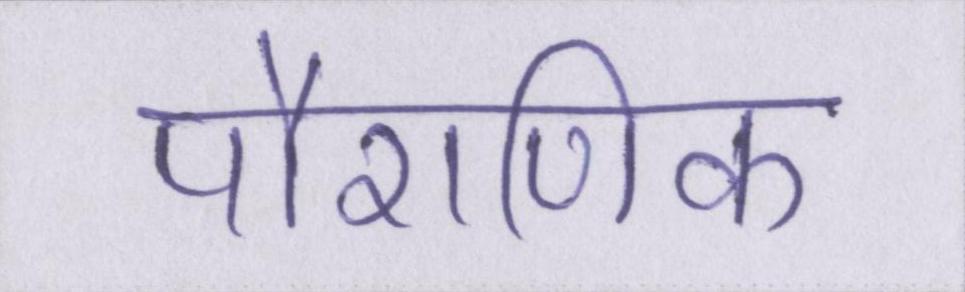
पौराणिक